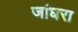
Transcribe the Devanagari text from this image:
जांघरा